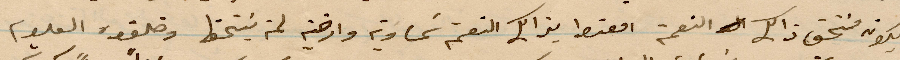
يكون مستخق ذلك النعمة امعتوا بذاك النعمة شماوية وارضية لمن يستحق وخلقوه العلوم